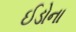
ઈડોના